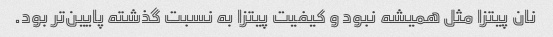
نان پیتزا مثل همیشه نبود و کیفیت پیتزا به نسبت گذشته پایین‌تر بود.